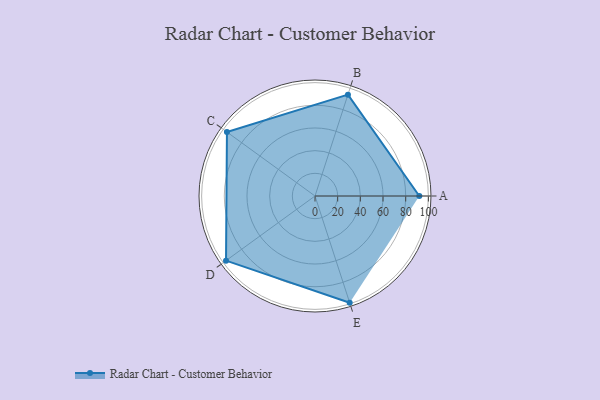
{"axis": {"x": "Skill", "y": "Score"}, "legend": ["Profile"], "data": [{"x": "A", "y": 92.0, "type": "Profile"}, {"x": "B", "y": 94.0, "type": "Profile"}, {"x": "C", "y": 96.0, "type": "Profile"}, {"x": "D", "y": 97.0, "type": "Profile"}, {"x": "E", "y": 99, "type": "Profile"}]}